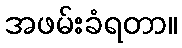
အဖမ်းခံရတာ။